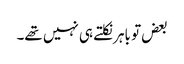
بعض تو باہر نکلتے ہی نہیں تھے۔